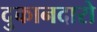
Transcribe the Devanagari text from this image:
दुकानदारो